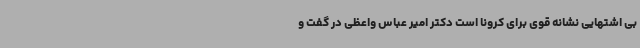
بی اشتهایی نشانه قوی برای کرونا است دکتر امیر عباس واعظی در گفت و